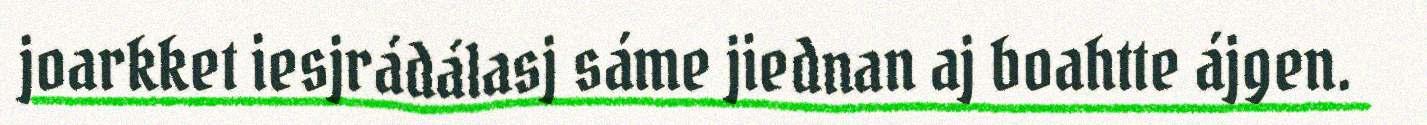
joarkket iesjrádálasj sáme jiednan aj boahtte ájgen.